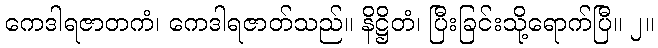
ကေဒါရဇာတကံ၊ ကေဒါရဇာတ်သည်။ နိဋ္ဌိတံ၊ ပြီးခြင်းသို့ရောက်ပြီ။ ၂။